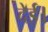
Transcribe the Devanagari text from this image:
देई।